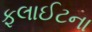
ફલાઈટના